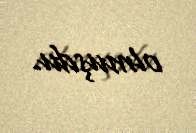
olmuşdu.